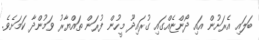
ބަލައި އެރަށުން އައި ދޯންޏެއްގައި ގުރައިދޫ މީހުން ފުރަން ތައްޔާރު ވަމުންދާ ކަމަށެވެ.